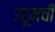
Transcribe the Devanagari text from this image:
उरूमची